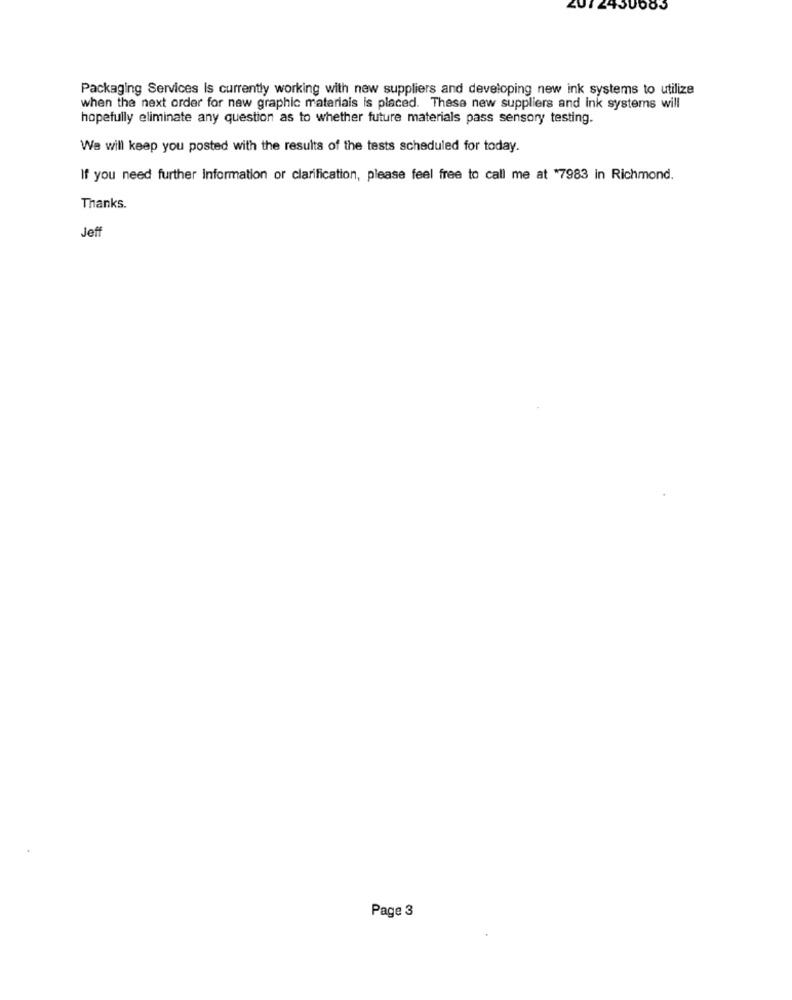
Packaging Services is currently working with new suppliers and developing new ink systems to utilize
when the next order for new graphic materiais is placed. These new suppliers and ink systems will
hopefully eliminate any question as to whether future materials pass sensory testing.
We will keep you posted with the results of the tests scheduled for today.
If you need further Information or clarification, please feel free to call me at "7983 in Richmond.
Thanks.
Jeff
Page 3